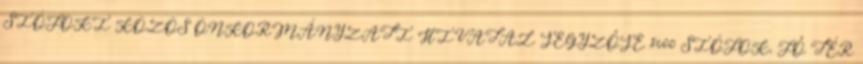
SIÓFOKI KÖZÖS ÖNKORMÁNYZATI HIVATAL JEGYZŐJE 8600 SIÓFOK, FŐ TÉR